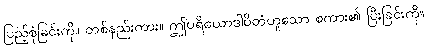
ပြည့်စုံခြင်းကို။ တစ်နည်းကား။ ဤပရိယောဒါပိတံဟူသော စကား၏ ပြီးခြင်းကို။